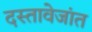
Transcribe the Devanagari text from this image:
दस्तावेजांत